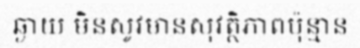
ឆ្ងាយ មិនសូវមានសុវត្ថិភាពប៉ុន្មាន